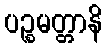
ပဉ္စမတ္တာနိ